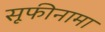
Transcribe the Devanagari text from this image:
सूफीनामा